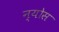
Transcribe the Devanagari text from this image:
न्योस